On the importance of larval characters in the classification of mosquitoes - Number 25
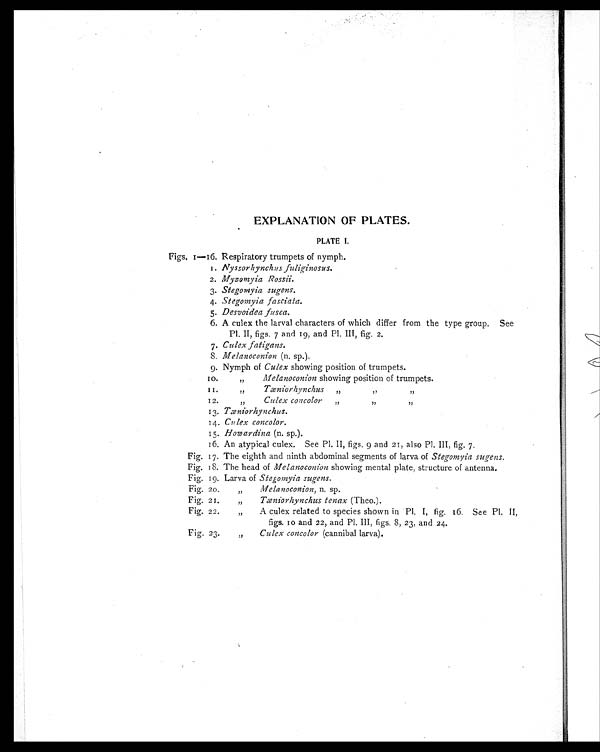
EXPLANATION OF PLATES.
PLATE I.
Figs. 1—16. Respiratory trumpets of nymph.
1. Nyssorhynchus fuliginosus.
2. Myzomyia Rossii.
3. Stegomyia sugens.
4. Stegomyia fasciata.
5. Desvoidea fusca.
6. A culex the larval characters of which differ from the type group. See
Pl. II, figs. 7 and 19, and Pl. III, fig. 2.
7. Culex fatigans.
8. Melanoconion (n. sp.).
9. Nymph of Culex showing position of trumpets.
10.
„
Melanoconion showing position of trumpets.
11.
„
Tæniorhynchus „ „ „
12.
„
Culex concolor
„ „ „
13. Tæniorhynchus.
14. Culex concolor.
15. Howardina (n. sp.).
16. An atypical culex. See Pl. II, figs. 9 and 21, also Pl. III, fig. 7.
Fig. 17. The eighth and ninth abdominal segments of larva of Stegomyia sugens.
Fig. 18. The head of Melanoconion showing mental plate, structure of antenna.
Fig. 19. Larva of Stegomyia sugens.
Fig. 20. „
Melanoconion, n. sp.
Fig. 21. „
Tæniorhynchus tenax (Theo.).
Fig. 22. „
A culex related to species shown in Pl. I, fig. 16. See Pl. II,
figs. 10 and 22, and Pl. III, figs. 8, 23, and 24.
Fig. 23. „
Culex concolor (cannibal larva).